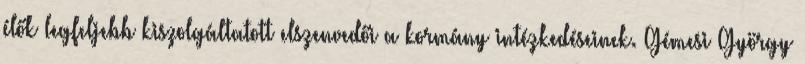
élők legfeljebb kiszolgáltatott elszenvedői a kormány intézkedéseinek. Gémesi György